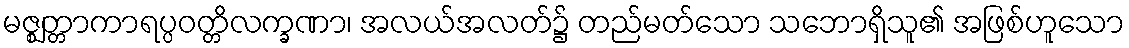
မဇ္ဈတ္တာကာရပ္ပဝတ္တိလက္ခဏာ၊ အလယ်အလတ်၌ တည်မတ်သော သဘောရှိသူ၏ အဖြစ်ဟူသော